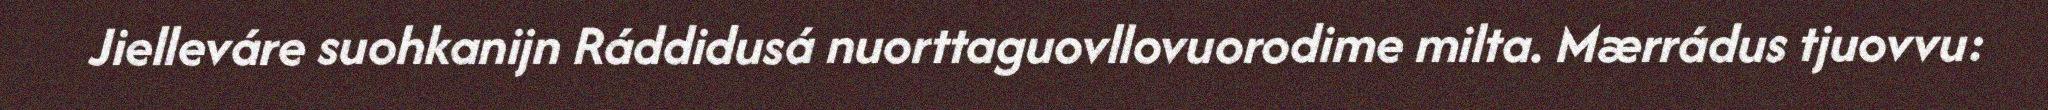
Jielleváre suohkanijn Ráddidusá nuorttaguovllovuorodime milta. Mærrádus tjuovvu: